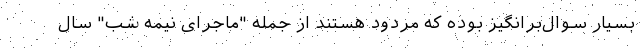
بسیار سوال‌برانگیز بوده که مردود هستند از جمله "ماجرای نیمه شب" سال